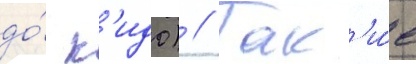
до́ к'идо) // Так'и́е